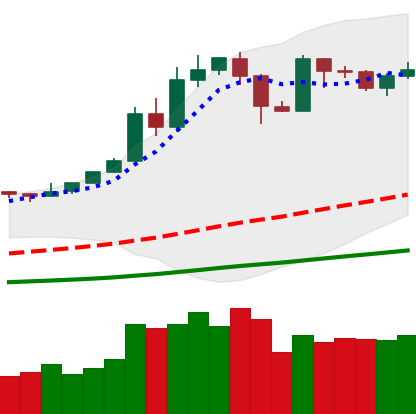
Ticker: BTC-USD
Chart end date: 2019-05-24
Forward return: 8.415%
Label: up_7plus